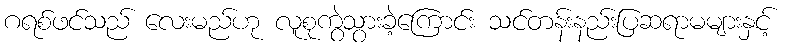
ဂရစ်ဖင်သည် လေးမည်ဟု လူစုကွဲသွားခဲ့ကြောင်း သင်တန်းနည်းပြဆရာမများနှင့်